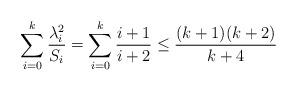
LaTeX: \begin{align*}\sum_{i=0}^k\frac{\lambda_i^2}{S_i} = \sum_{i=0}^k\frac{i+1}{i+2} \leq \frac{(k+1)(k+2)}{k+4}\end{align*}